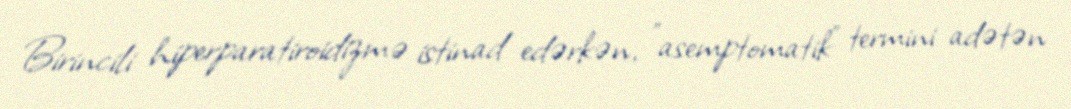
Birincili hiperparatiroidizmə istinad edərkən, "asemptomatik" termini adətən